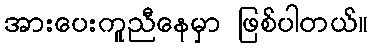
အားပေးကူညီနေမှာ ဖြစ်ပါတယ်။